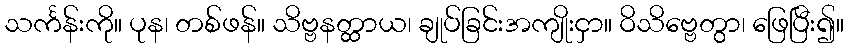
သင်္ကန်းကို။ ပုန၊ တစ်ဖန်။ သိဗ္ဗနတ္ထာယ၊ ချုပ်ခြင်းအကျိုးငှာ။ ဝိသိဗ္ဗေတွာ၊ ဖြေပြီး၍။